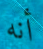
أنه